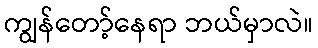
ကျွန်တော့်နေရာ ဘယ်မှာလဲ။